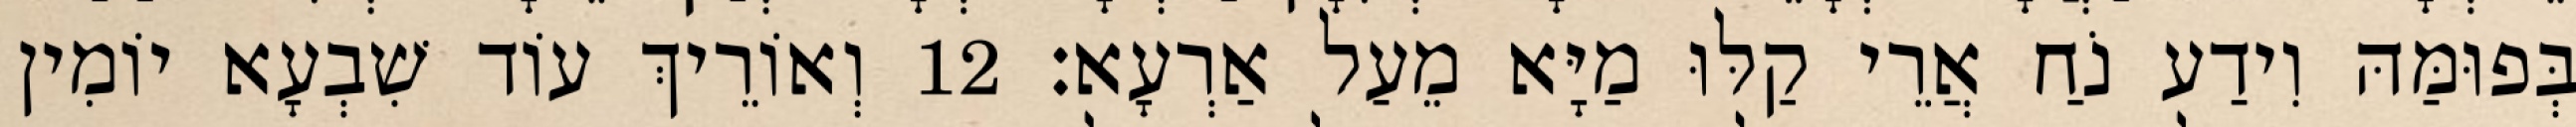
בְּפוּמַּהּ וִידַע נֹחַ אֲרֵי קַלּוּ מַיָּא מֵעַל אַרְעָא׃ 12 וְאוֹרֵיךְ עוֹד שִׁבְעָא יוֹמִין